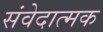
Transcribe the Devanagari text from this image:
संवेदात्मक